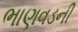
ભાણવડની